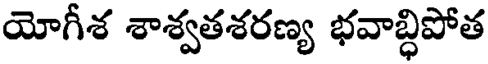
యోగీశ శాశ్వతశరణ్య భవాబ్ధిపోత